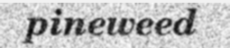
pineweed